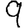
Digit: 9